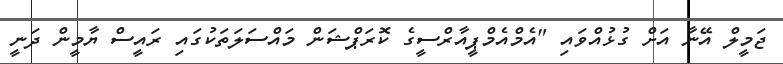
ޖަމީލް އޭނާ އަށް ގުޅުއްވައި "އެމްއެމްޕީއާރްސީގެ ކޮރަޕްޝަން މައްސަލަތަކުގައި ރައީސް ޔާމީން ދަނީ